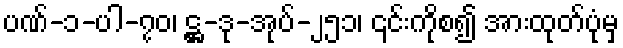
ပဏ်-၁-ပါ-၇၀၊ ဋ္ဌ-ဒု-အုပ်-၂၅၁၊ ၎င်းကိုစ၍ အားထုတ်ပုံမှ